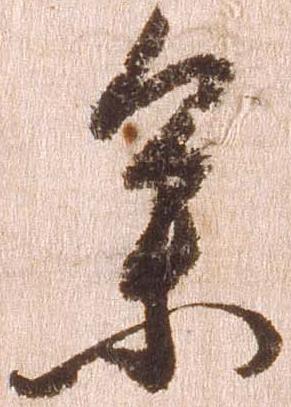
参